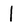
Character: l